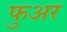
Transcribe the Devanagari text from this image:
फुअर